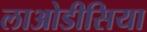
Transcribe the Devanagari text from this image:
लाओडीसिया